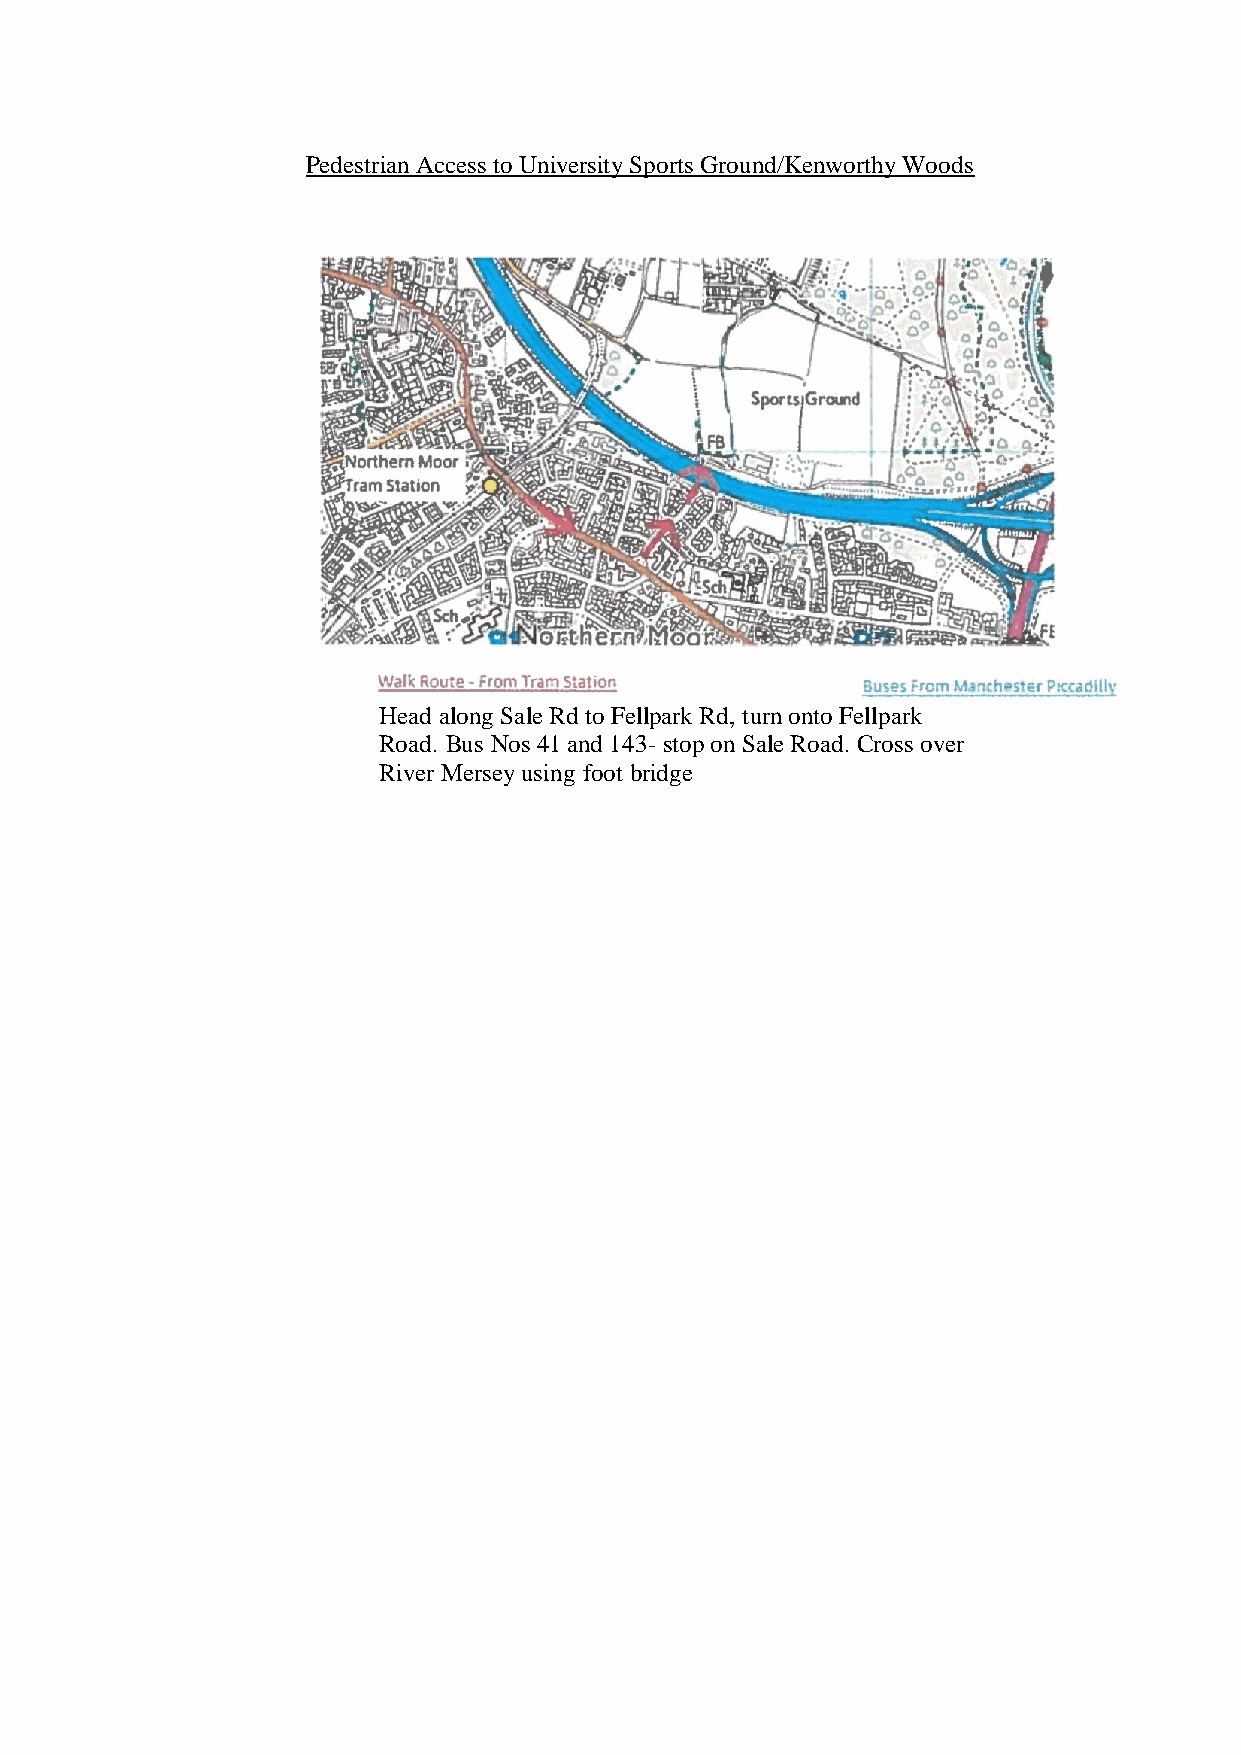
Pedestrian Access to University Sports Ground/Kenworthy Woods
 Head along Sale Rd to Fellpark Rd, turn onto Fellpark
 Road. Bus Nos 41 and 143- stop on Sale Road. Cross over
 River Mersey using foot bridge